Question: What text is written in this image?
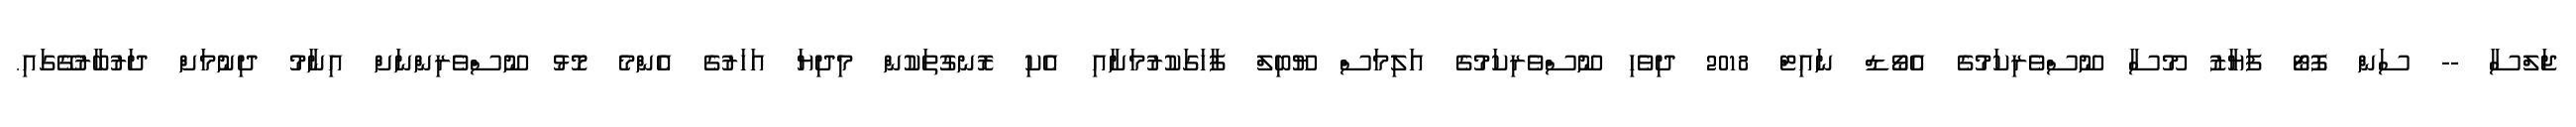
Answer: ޖަލްސާ -- ސަން ފޮޓޯ ފަޔާޒު މޫސާ ނޫސްވެރިކަމުގެ އެވޯޑް ނައިޓް 2018 ދިވެހި ނޫސްވެރިކަމުގެ އަލިމަސް ޔޫބިލް ފާހަގަކުރުމަށާއި އެކި ރޮނގުތަކުން މިދިޔަ އަހަރުގެ އެންމެ މޮޅު ނޫސްވެރިންނަށް އިނާމު ދިނުމަށް ދަރުބާރުގޭގައި.